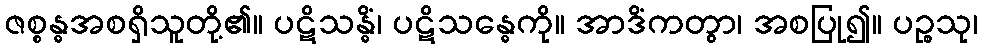
ဇစ္စန္ဓအစရှိသူတို့၏။ ပဋိသန္ဓိံ၊ ပဋိသန္ဓေကို။ အာဒိံကတွာ၊ အစပြု၍။ ပဉ္စသု၊